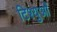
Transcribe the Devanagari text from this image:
टिश्युओं